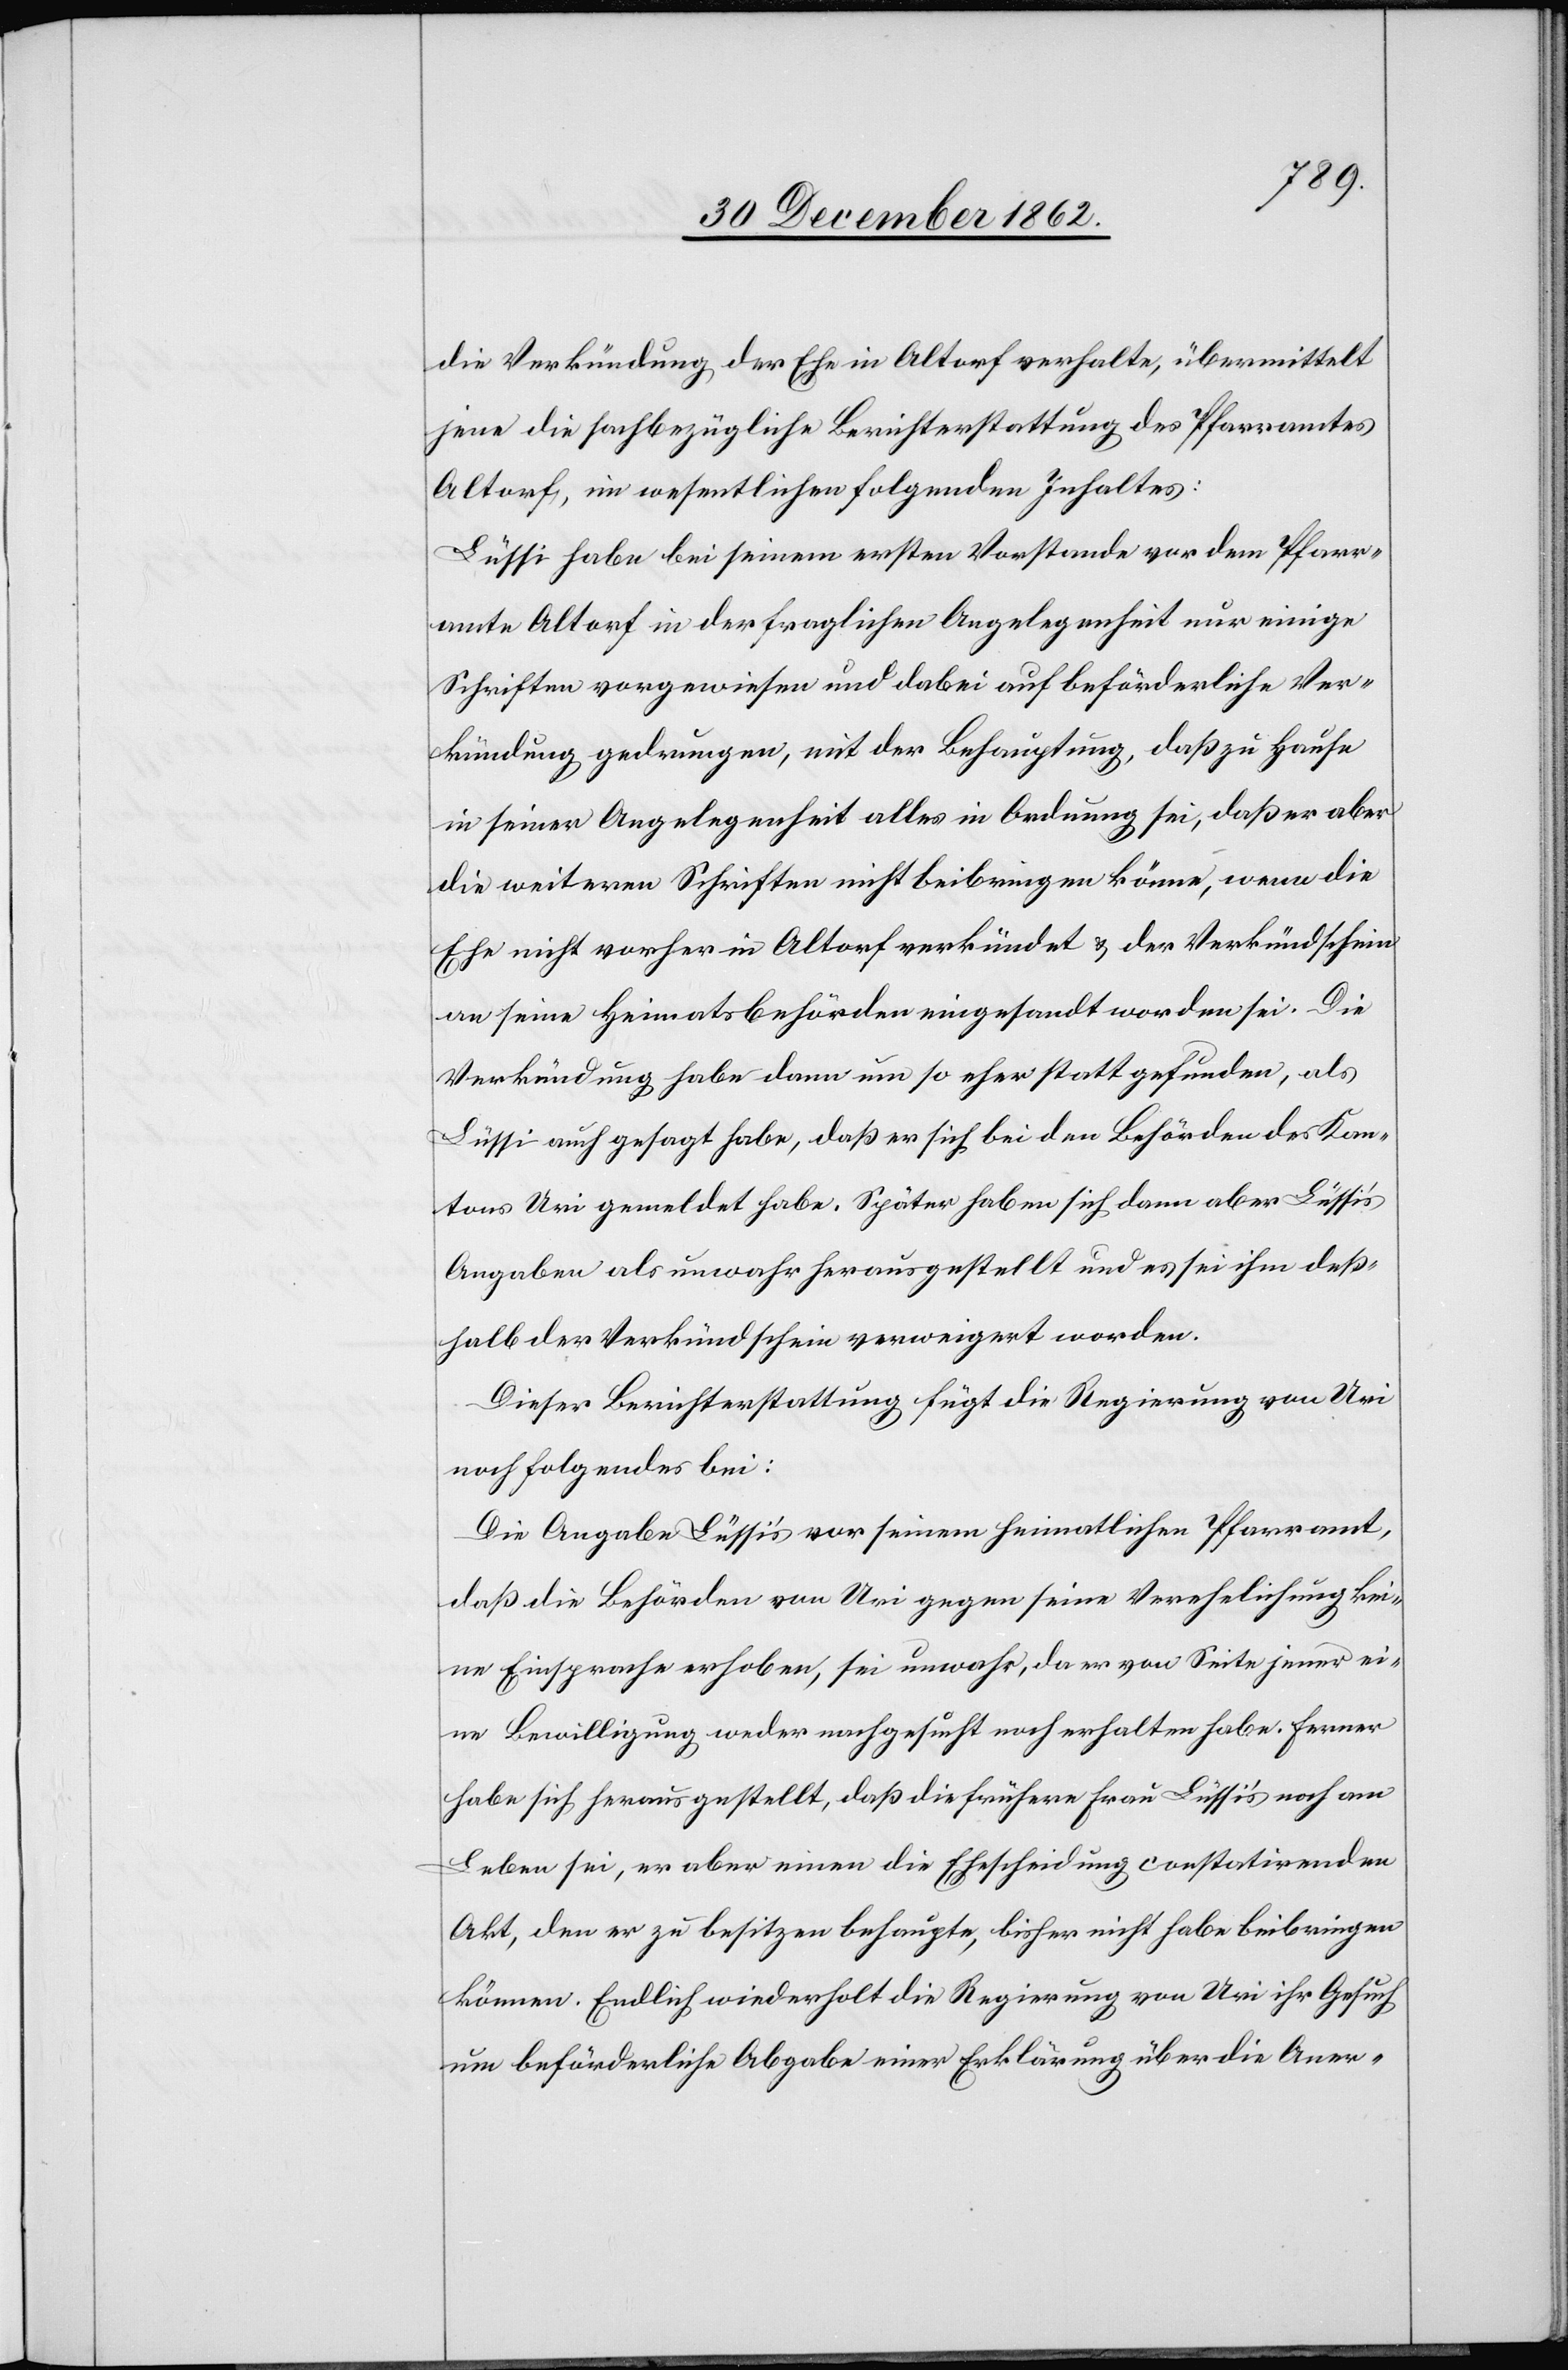
die Verkündung der Ehe in Altorf verhalte, übermittelt
jene die sachbezügliche Berichterstattung des Pfarramtes
Altorf, im wesentlichen folgenden Inhaltes:
Lüssi habe bei seinem ersten Vorstande vor dem Pfarr¬
amte Altorf in der fraglichen Angelegenheit nur einige
Schriften vorgewiesen und dabei auf beförderliche Ver¬
kündung gedrungen, mit der Behauptung, daß zu Hause
in seiner Angelegenheit alles in Ordnung sei, daß er aber
die weiteren Schriften nicht beibringen könne, wenn die
Ehe nicht vorher in Altorf verkündet u. der Verkündschein
an seine Heimatsbehörden eingesandt worden sei. Die
Verkündung habe dann um so eher statt gefunden, als
Lüssi auch gesagt habe, daß er sich bei den Behörden des Kan¬
tons Uri gemeldet habe. Später habe sich dann aber Lüssis
Angaben als unwahr herausgestellt und es sei ihm deß¬
halb der Verkündschein verweigert worden.
Dieser Berichterstattung fügt die Regierung von Uri
noch folgendes bei:
Die Angabe Lüssi’s vor seinem heimatlichen Pfarramt,
daß die Behörden von Uri gegen seine Verehelichung kei¬
ne Einsprache erhoben, sei unwahr, da er von Seite jener ei¬
ne Bewilligung weder nachgesucht noch erhalten habe. Ferner
habe sich herausgestellt, daß die frühere Frau Lüssi’s noch am
Leben sei, er aber einen die Ehescheidung constatirenden
Akt, den er zu besitzen behaupte, bisher nicht habe beibringen
können. Endlich wiederholt die Regierung von Uri ihr Gesuch
um beförderliche Abgabe einer Erklärung über die Aner-